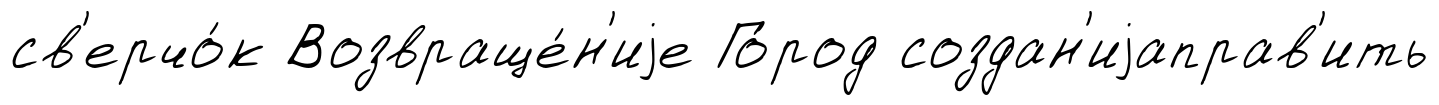
св'ерчо́к Возвраще́н'иjе Го́род создан'иjаправ'ить